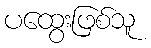
ပထွေးဖြစ်သူ